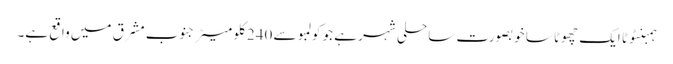
ہمبنٹوٹا ایک چھوٹا سا خوبصورت ساحلی شہر ہے جو کولمبو سے 240 کلو میٹر جنوب مشرق میں واقع ہے۔